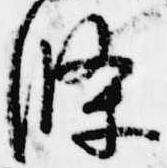
条